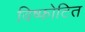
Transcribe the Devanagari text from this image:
विष्फोटित